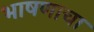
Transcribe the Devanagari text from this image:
भाषणाचा